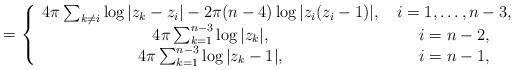
\begin{align*}=\left\{\begin{array}{cc} 4\pi\sum_{k\ne i}\log|z_k-z_i|-2\pi(n-4)\log|z_i(z_i-1)|,\; & i=1,\ldots,n-3, \\4\pi\sum_{k=1}^{n-3} \log |z_k|, \; & i=n-2, \\ 4\pi\sum_{k=1}^{n-3} \log |z_k-1|, \; & i=n-1,\end{array} \right.\end{align*}